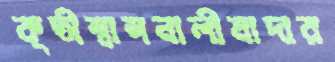
কৃতীশ্বাসনালীমাদার